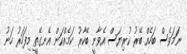
ނަމަވެސް ބަހެއް ބޭރު ކުރިޔަސް އެވާނީ ބޭކާރު ކަމެއްކަން އެނގޭތީ މިފަހަރު ހަނު